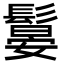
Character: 䰋